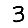
Digit: 3